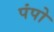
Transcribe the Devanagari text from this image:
पंपो